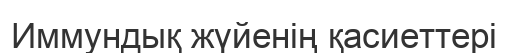
Иммундық жүйенің қасиеттері